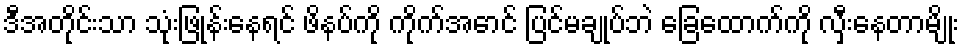
ဒီအတိုင်းသာ သုံးဖြုန်းနေရင် ဖိနပ်ကို ကိုက်အောင် ပြင်မချုပ်ဘဲ ခြေထောက်ကို လှီးနေတာမျိုး